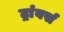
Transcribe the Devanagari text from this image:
ट्रांवर्स